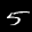
Label: 5